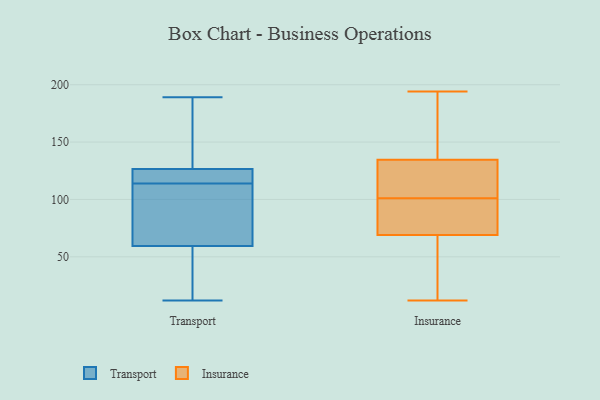
{"axis": {"x": "Production Output", "y": "Value"}, "legend": ["Insurance", "Transport"], "data": [{"x": "", "y": 25, "type": "Transport"}, {"x": "", "y": 163, "type": "Transport"}, {"x": "", "y": 125, "type": "Transport"}, {"x": "", "y": 22, "type": "Transport"}, {"x": "", "y": 108, "type": "Transport"}, {"x": "", "y": 163, "type": "Transport"}, {"x": "", "y": 82, "type": "Transport"}, {"x": "", "y": 187, "type": "Transport"}, {"x": "", "y": 122, "type": "Transport"}, {"x": "", "y": 126, "type": "Transport"}, {"x": "", "y": 189, "type": "Transport"}, {"x": "", "y": 46, "type": "Transport"}, {"x": "", "y": 73, "type": "Transport"}, {"x": "", "y": 18, "type": "Transport"}, {"x": "", "y": 74, "type": "Transport"}, {"x": "", "y": 127, "type": "Transport"}, {"x": "", "y": 98, "type": "Transport"}, {"x": "", "y": 12, "type": "Transport"}, {"x": "", "y": 120, "type": "Transport"}, {"x": "", "y": 120, "type": "Transport"}, {"x": "", "y": 12, "type": "Insurance"}, {"x": "", "y": 101, "type": "Insurance"}, {"x": "", "y": 114, "type": "Insurance"}, {"x": "", "y": 47, "type": "Insurance"}, {"x": "", "y": 84, "type": "Insurance"}, {"x": "", "y": 194, "type": "Insurance"}, {"x": "", "y": 54, "type": "Insurance"}, {"x": "", "y": 101, "type": "Insurance"}, {"x": "", "y": 133, "type": "Insurance"}, {"x": "", "y": 185, "type": "Insurance"}, {"x": "", "y": 134, "type": "Insurance"}, {"x": "", "y": 124, "type": "Insurance"}, {"x": "", "y": 93, "type": "Insurance"}, {"x": "", "y": 98, "type": "Insurance"}, {"x": "", "y": 59, "type": "Insurance"}, {"x": "", "y": 79, "type": "Insurance"}, {"x": "", "y": 154, "type": "Insurance"}, {"x": "", "y": 167, "type": "Insurance"}, {"x": "", "y": 135, "type": "Insurance"}, {"x": "", "y": 57, "type": "Insurance"}]}